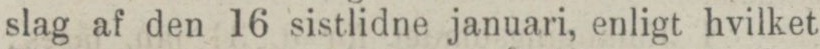
slag af den 16 sistlidne januari, enligt hvilket